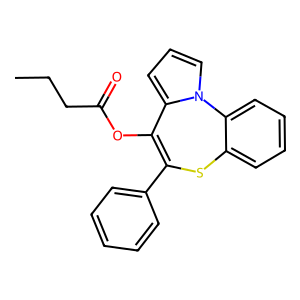
SMILES: CCCC(=O)OC1=C(c2ccccc2)Sc2ccccc2-n2cccc21
Inhibits HIV replication: No